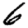
Digit: 6